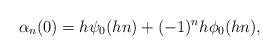
LaTeX: \begin{align*}\alpha_n(0) = h \psi_0 (hn) + (-1)^n h \phi_0 (hn),\end{align*}